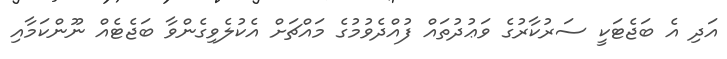
އަދި އެ ބަޖެޓަކީ ސަރުކާރުގެ ވަޢުދުތައް ފުއްދެވުމުގެ މައްޗަށް އެކުލެވިގެންވާ ބަޖެޓެއް ނޫންކަމާއި